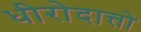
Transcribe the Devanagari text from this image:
धीरोदात्तो